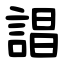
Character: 誯